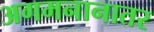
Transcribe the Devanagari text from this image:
अगमनानातर